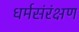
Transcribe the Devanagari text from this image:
धर्मसंरंक्षण